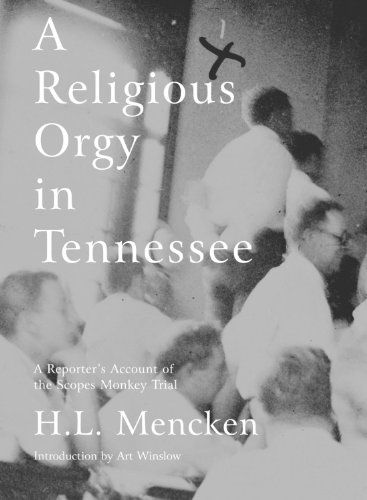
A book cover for A Religious Orgy in Tennessee: A Reporter's Account of the Scopes Monkey Trial; H.L. Mencken; Law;